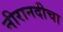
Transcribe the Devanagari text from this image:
नीरानदीचा